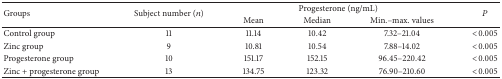
| <ROWSPAN=2> Groups | <ROWSPAN=2> Subject number (n) | <COLSPAN=3> Progesterone (ng/mL) | <ROWSPAN=2> P |
 | Mean | Median | Min.–max. values |
 | --- | --- | --- | --- | --- | --- |
 | Control group | 11 | 11.14 | 10.42 | 7.32–21.04 | <0.005 |
 | Zinc group | 9 | 10.81 | 10.54 | 7.88–14.02 | <0.005 |
 | Progesterone group | 10 | 151.17 | 152.15 | 96.45–220.42 | <0.005 |
 | Zinc + progesterone group | 13 | 134.75 | 123.32 | 76.90–210.60 | <0.005 |